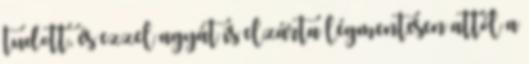
tudott, és ezzel agyát is elzárta légmentesen attól a